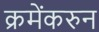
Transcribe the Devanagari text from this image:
क्रमेंकरुन